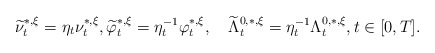
\begin{align*}\widetilde{\nu}_t^{*,\xi}=\eta_t \nu_t^{*,\xi},\widetilde{\varphi}_t^{*,\xi}=\eta^{-1}_t\varphi_t^{*,\xi} ,\quad\widetilde{\Lambda}_t^{0,*,\xi}=\eta^{-1}_t\Lambda_t^{0,*,\xi}, t\in[0,T].\end{align*}